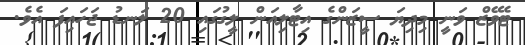
ޓެވޭޒް ވަނީ މިދިޔަ ސީޒަންގެ އިޓާލިއަން ލީގުގައި 20 ލަނޑު ޖަހައިފަ އެވެ.